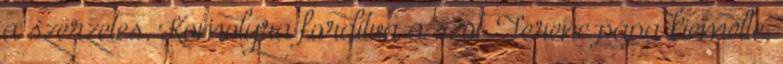
a szerzetes. Komolyra fordítva a szót, Ferenc pápa kiemelte,